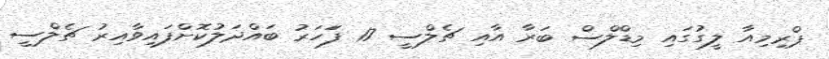
ޕްރިމިއާ ލީގުގައި މިޑްލްސް ބަރާ އާއި ޗެލްސީ 17 ފަަހަރު ބައްދަލުކޮށްފައިވާއިރު ޗެލްސީ